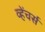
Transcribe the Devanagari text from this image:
व्हेंचर्स